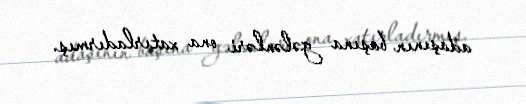
adaşının başına gələnləri ona xatırladırmış.